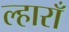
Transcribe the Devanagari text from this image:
ल्हाराँ